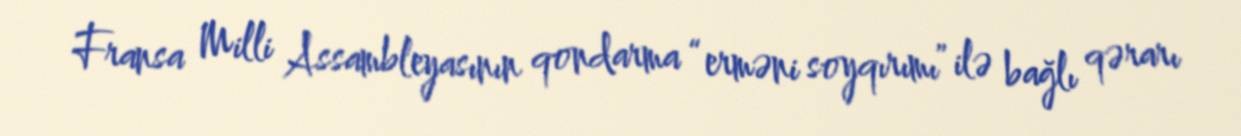
Fransa Milli Assambleyasının qondarma “erməni soyqırımı” ilə bağlı qərarı